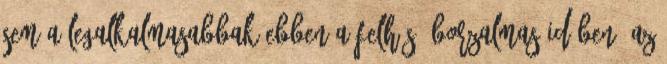
sem a legalkalmasabbak ebben a felhős, borzalmas időben. Az